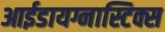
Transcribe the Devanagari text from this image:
आईडायग्नास्टिक्स